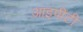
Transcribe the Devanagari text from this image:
आइपीटी